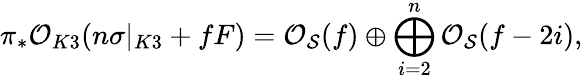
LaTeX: \pi_{*}{\cal O}_{K3}(n\sigma|_{K3}+fF)={\cal O}_{{\cal S}}(f)\oplus\bigoplus_{i=2}^{n}{\cal O}_{{\cal S}}(f-2i),